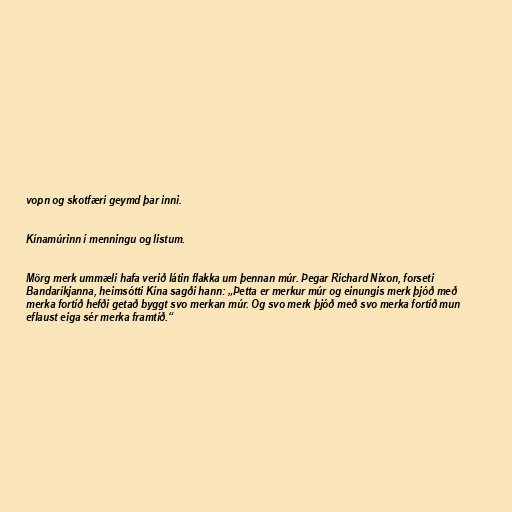
vopn og skotfæri geymd þar inni.

Kínamúrinn í menningu og listum.

Mörg merk ummæli hafa verið látin flakka um þennan múr. Þegar Richard Nixon, forseti
Bandaríkjanna, heimsótti Kína sagði hann: „Þetta er merkur múr og einungis merk þjóð með
merka fortíð hefði getað byggt svo merkan múr. Og svo merk þjóð með svo merka fortíð mun
eflaust eiga sér merka framtíð.“